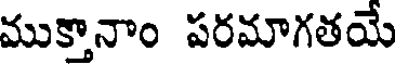
ముక్తానాం పరమాగతయే